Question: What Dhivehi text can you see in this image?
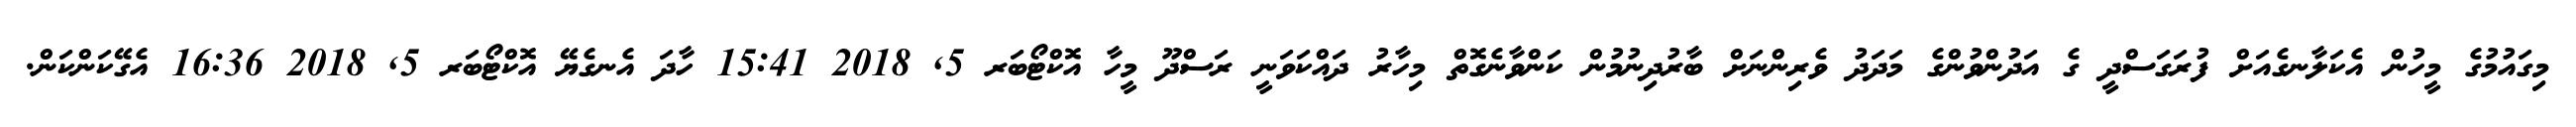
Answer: މިގައުމުގެ މީހުން އެކަލާނގެއަށް ފުރަގަސްދީ ގެ އަދުންވުންގެ މަދަދު ވެރިންނަށް ބާރުދިނުމުން ކަންވާނެގޮތް މިހާރު ދައްކަވަނީ ރަސްދޫ މީހާ އޮކްޓޯބަރ 5, 2018 15:41 ހާދަ އެނގެޔޭ އޮކްޓޯބަރ 5, 2018 16:36 އެގޭކަންކަން.